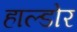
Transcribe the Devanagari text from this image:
हाल्डोर